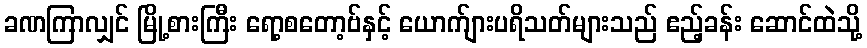
ခဏကြာလျှင် မြို့စားကြီး ရော့စတော့ဗ်နှင့် ယောက်ျားပရိသတ်များသည် ဧည့်ခန်း ဆောင်ထဲသို့